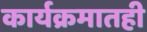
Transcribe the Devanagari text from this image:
कार्यक्रमातही